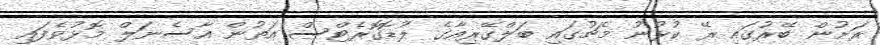
ރަށުން ބޭރުގައި ރޭ ކުޅުނު މެޗުގައި ބަލްގޭރިއާގެ ލުޑޮގޮރެޓްސް އަތުން އާސެނަލް މޮޅުވެފައި